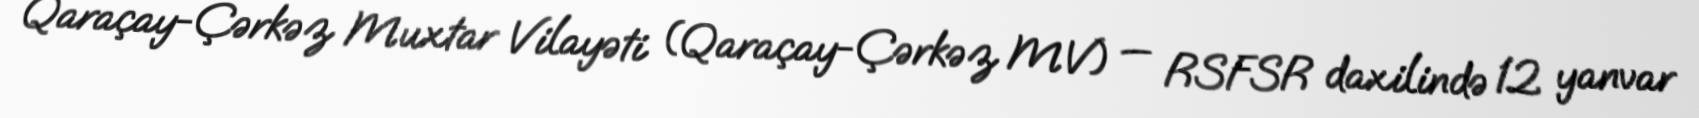
Qaraçay-Çərkəz Muxtar Vilayəti (Qaraçay-Çərkəz MV) — RSFSR daxilində 12 yanvar